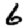
Digit: 6